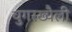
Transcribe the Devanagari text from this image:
चुगरख्यैली